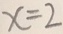
x = 2